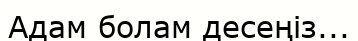
Адам болам десеңіз...